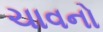
ચાવનો